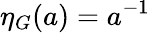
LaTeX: \eta_{G}(a)=a^{-1}